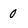
Character: 0